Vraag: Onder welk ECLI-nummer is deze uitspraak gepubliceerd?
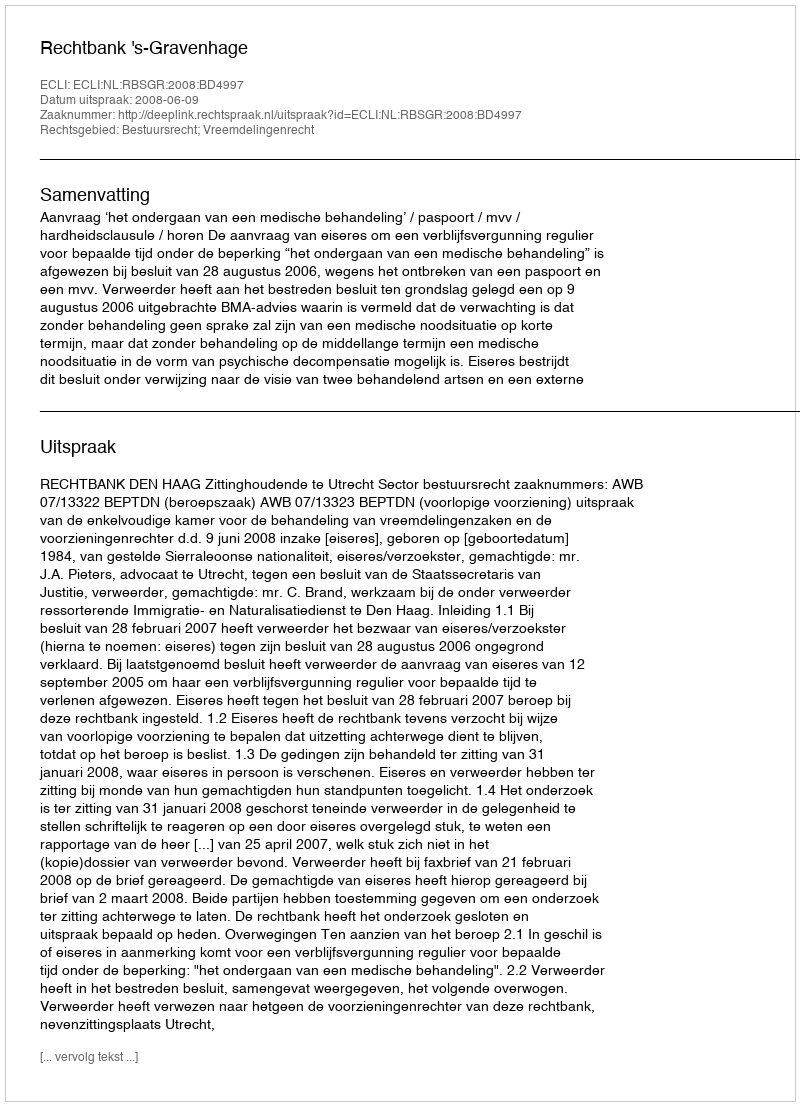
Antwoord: ECLI:NL:RBSGR:2008:BD4997